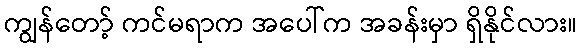
ကျွန်တော့် ကင်မရာက အပေါ်က အခန်းမှာ ရှိနိုင်လား။